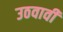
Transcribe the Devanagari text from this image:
उठवावी